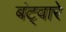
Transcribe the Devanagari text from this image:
बंट्वारे